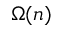
\Omega ( n )